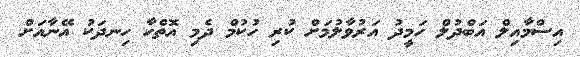
އިސްމާއިލް އަބްދުލް ހަމީދު އަރުވާލުމަށް ކުރި ހުކުމް ދެމި އޮތްހާ ހިނދަކު އޭނާއަށް